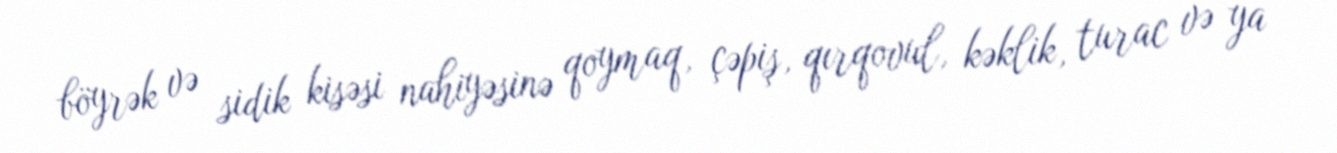
böyrək və sidik kisəsi nahiyəsinə qoymaq, çəpiş, qırqovul, kəklik, turac və ya